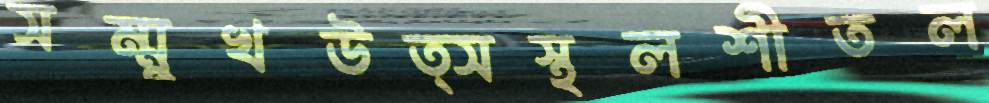
সম্মুখউত্সস্থলশীতল